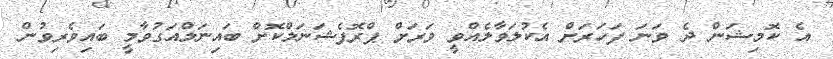
އެ ކޮމިޝަން ދެ ވަނަ ފަހަރަށް އެކުލަވާލެއްވީ ވަރަށް ޕްރޮފެޝަނަލްކޮށް ބައިނަލްއަގުވާމީ ބައިވެރިވުން